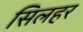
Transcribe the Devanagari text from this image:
सिलहर